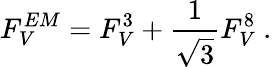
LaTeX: F_{V}^{EM}=F_{V}^{3}+{\frac{1}{\sqrt{3}}}F_{V}^{8}\ .